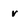
Character: r